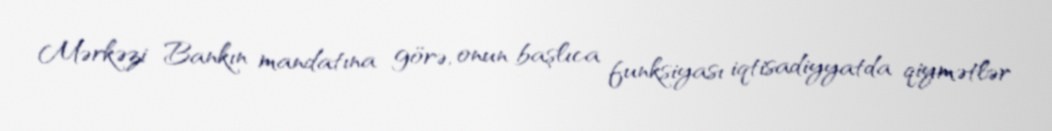
Mərkəzi Bankın mandatına görə, onun başlıca funksiyası iqtisadiyyatda qiymətlər